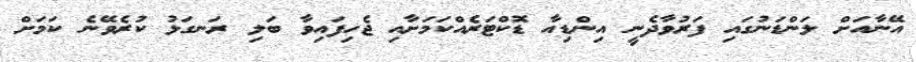
އޭނާއަށް ލަންޑަނުގައި ފަރުވާދެނީ އިންޑިއާ ޑޮކްޓަރެއްކަމަށާއި ޖެހިފައިވާ ބަލި ރަނގަޅު ކުރެވޭނެ ކަމަށް